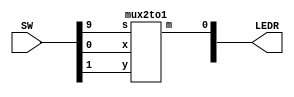
//SW[2:0] data inputs
//SW[9] select signal

//LEDR[0] output display


module mux(LEDR, SW);
    input [9:0] SW;
    output [9:0] LEDR;

    mux2to1 u0(
        .x(SW[0]),
        .y(SW[1]),
        .s(SW[9]),
        .m(LEDR[0])
        );
endmodule

module mux4(LEDR, SW);
    input [9:0] SW;
    output [9:0] LEDR;

    wire ConnectionUV ;
    wire ConnectionWX ;
    
    mux2to1 u0(
        .x(SW[0]), // U
        .y(SW[1]), // V
        .s(SW[9]), // S0
        .m(ConnectionUV)
    );
    
    mux2to1 u1(
        .x(SW[2]), // W
        .y(SW[3]), // X
        .s(SW[9]), //S0
        .m(ConnectionWX)
    );

    mux2to1 u_switch(
        .x(ConnectionUV), // UV
        .y(ConnectionWX), // WX
        .s(SW[8]), // S1
        .m(LEDR[0])
    );

endmodule

module mux2to1(x, y, s, m);
    input x; //selected when s is 0
    input y; //selected when s is 1
    input s; //select signal
    output m; //output
  
    assign m = s & y | ~s & x;
    // OR
    // assign m = s ? y : x;
endmodule